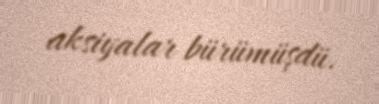
aksiyalar bürümüşdü.